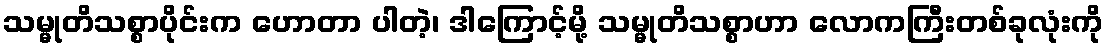
သမ္မုတိသစ္စာပိုင်းက ဟောတာ ပါတဲ့၊ ဒါကြောင့်မို့ သမ္မုတိသစ္စာဟာ လောကကြီးတစ်ခုလုံးကို